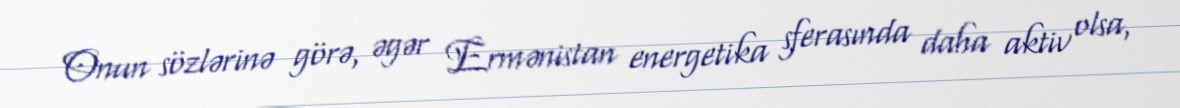
Onun sözlərinə görə, əgər Ermənistan energetika sferasında daha aktiv olsa,